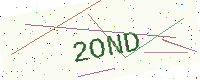
Text: 2OND